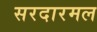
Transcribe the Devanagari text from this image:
सरदारमल